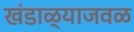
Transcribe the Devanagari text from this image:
खंडाळ्याजवळ